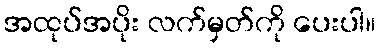
အထုပ်အပိုး လက်မှတ်ကို ပေးပါ။